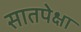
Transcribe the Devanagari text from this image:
सातपेक्षा